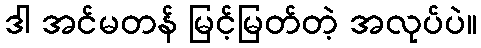
ဒါ အင်မတန် မြင့်မြတ်တဲ့ အလုပ်ပဲ။